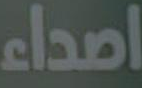
اصداء